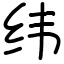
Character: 纬